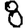
Digit: 8